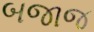
બજાજ